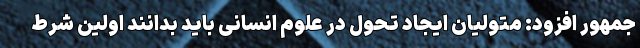
جمهور افزود: متولیان ایجاد تحول در علوم انسانی باید بدانند اولین شرط